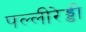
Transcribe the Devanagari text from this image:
पल्लीरेड्डी